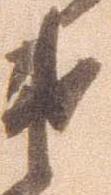
衛